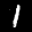
Label: 1